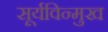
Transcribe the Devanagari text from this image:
सूर्यविन्मुख